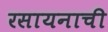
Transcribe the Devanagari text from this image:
रसायनाची